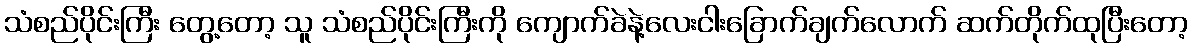
သံစည်ပိုင်းကြီး တွေ့တော့ သူ သံစည်ပိုင်းကြီးကို ကျောက်ခဲနဲ့လေးငါးခြောက်ချက်လောက် ဆက်တိုက်ထုပြီးတော့